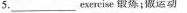
5.\underlineexercise 锻炼;做运动